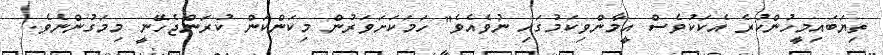
ތިޔަބައިމީހުންކުރެ އެކަކުވެސް އީމާންވިކަމުގައި ނުވެއެވެ" ހަމަކަށަވަރުން މިކަންކަން ކުރަންޖެހޭނީ މިމަގުންނެވެ.